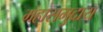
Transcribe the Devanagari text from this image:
महासमुदाय